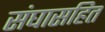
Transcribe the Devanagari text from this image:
संघासहित